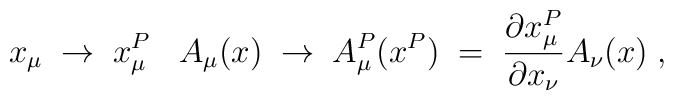
x_\mu \;\to\; x^P_\mu\;\;\;A_\mu(x) \;\to\; A_\mu^P(x^P) \;=\; \frac{\partial x^P_\mu}{\partial x_\nu}A_\nu(x) \;,